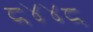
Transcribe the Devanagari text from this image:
८४४८